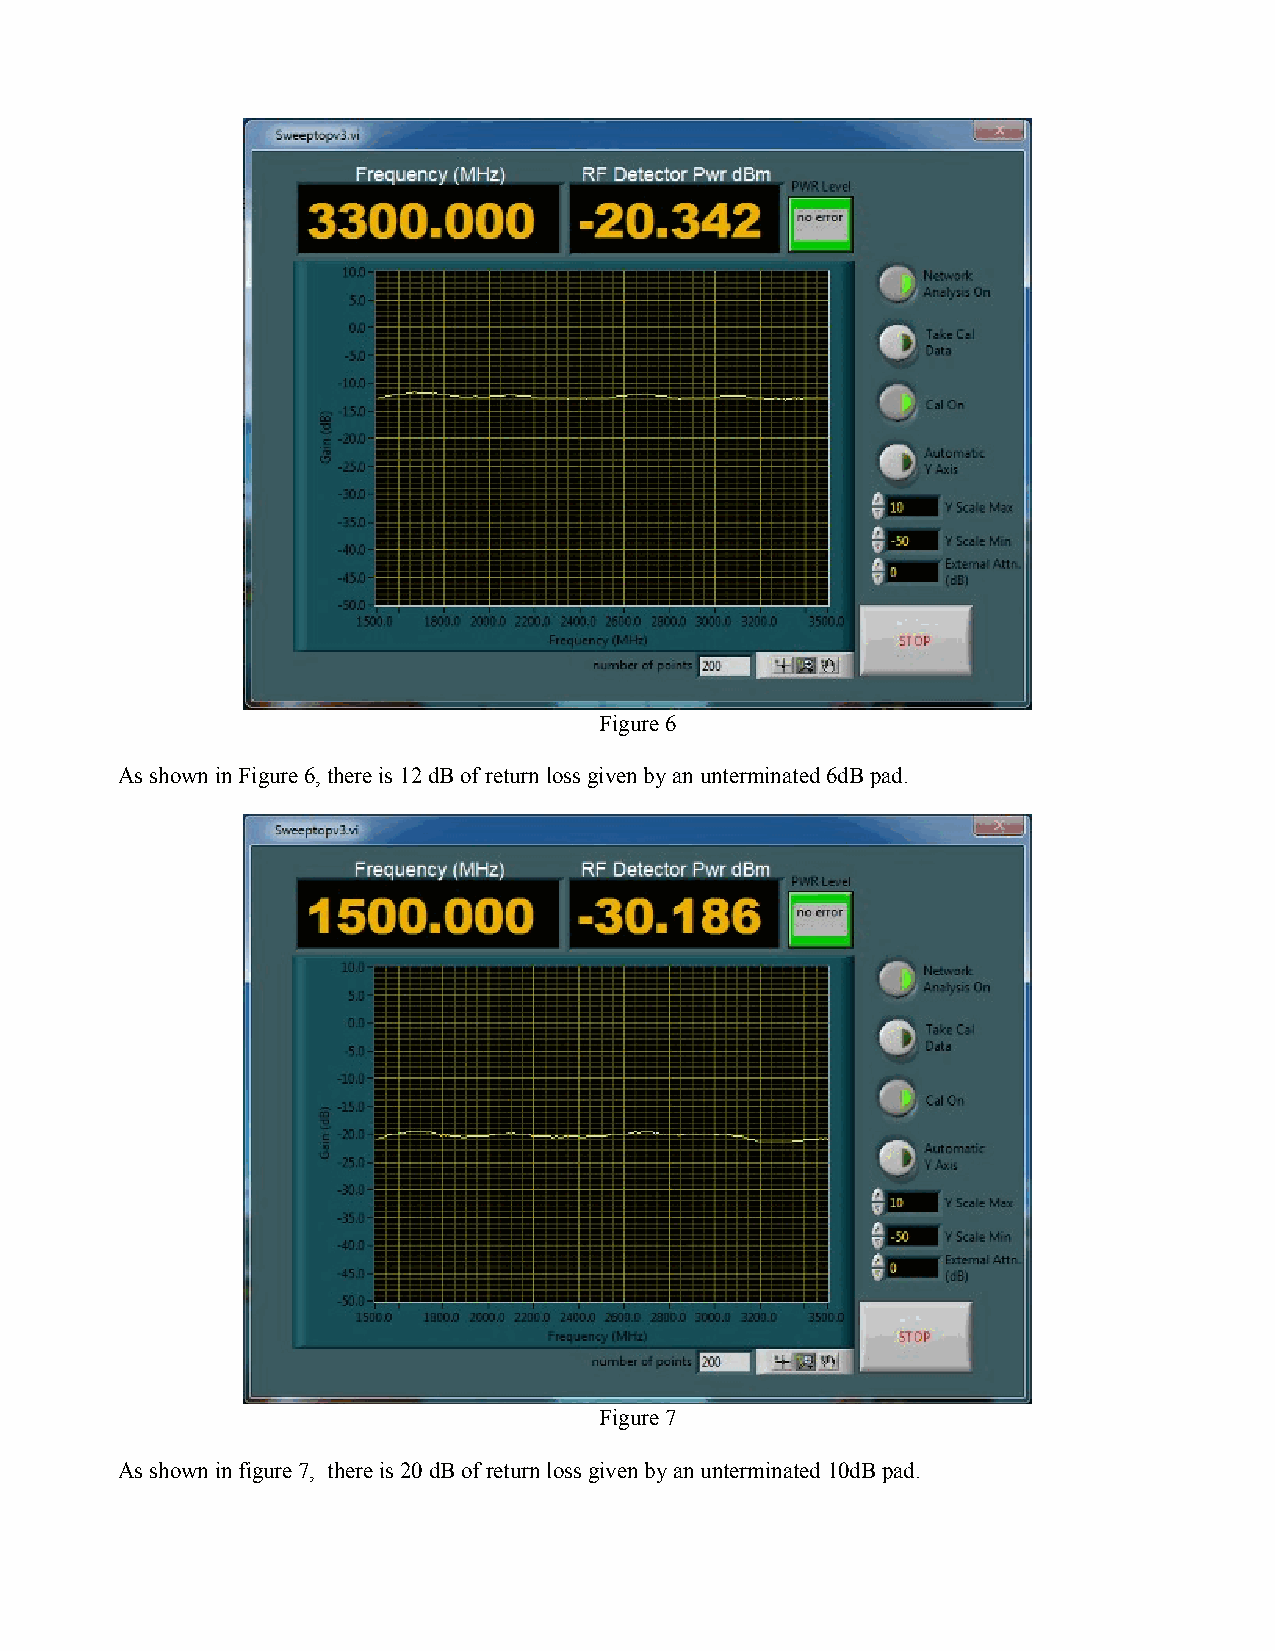
Figure 6
 As shown in Figure 6, there is 12 dB of return loss given by an unterminated 6dB pad.
 Figure 7
 As shown in figure 7, there is 20 dB of return loss given by an unterminated 10dB pad.